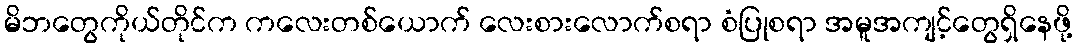
မိဘတွေကိုယ်တိုင်က ကလေးတစ်ယောက် လေးစားလောက်စရာ စံပြုစရာ အမူအကျင့်တွေရှိနေဖို့